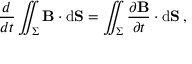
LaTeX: { \frac { d } { d t } } \iint _ { \Sigma } \mathbf { B } \cdot \mathrm { d } \mathbf { S } = \iint _ { \Sigma } { \frac { \partial \mathbf { B } } { \partial t } } \cdot \mathrm { d } \mathbf { S } \, ,